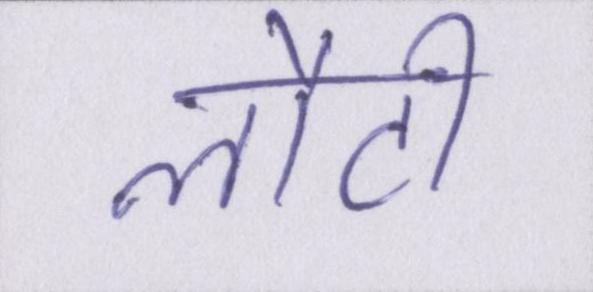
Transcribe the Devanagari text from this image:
लौटी